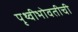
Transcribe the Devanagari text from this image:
पृथ्वीभोवतीची